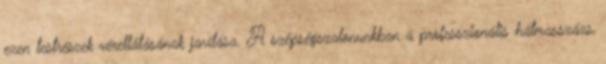
ezen testrészek vérellátásának javítása. A szépségszalonunkban a professzionális hátmasszázs,